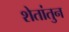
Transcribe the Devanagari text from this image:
शेतांतुन